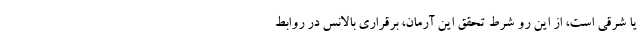
یا شرقی است، از این رو شرط تحقق این آرمان، برقراری بالانس در روابط